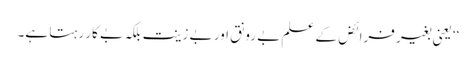
‘‘ یعنی بغیر فرائض کے علم بے رونق اور بے زینت بلکہ بے کار رہتا ہے۔